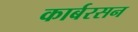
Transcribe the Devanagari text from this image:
कार्बरसन